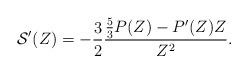
LaTeX: \begin{align*} \mathcal{S}'(Z) = -\frac{3}{2} \frac{ \frac{5}{3} P(Z) - P'(Z) Z }{Z^2}.\end{align*}